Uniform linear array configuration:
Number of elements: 32
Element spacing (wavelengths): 0.25
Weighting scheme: exponential
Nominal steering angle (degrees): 45
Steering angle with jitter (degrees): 46.209
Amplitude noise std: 0.05
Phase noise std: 0.05

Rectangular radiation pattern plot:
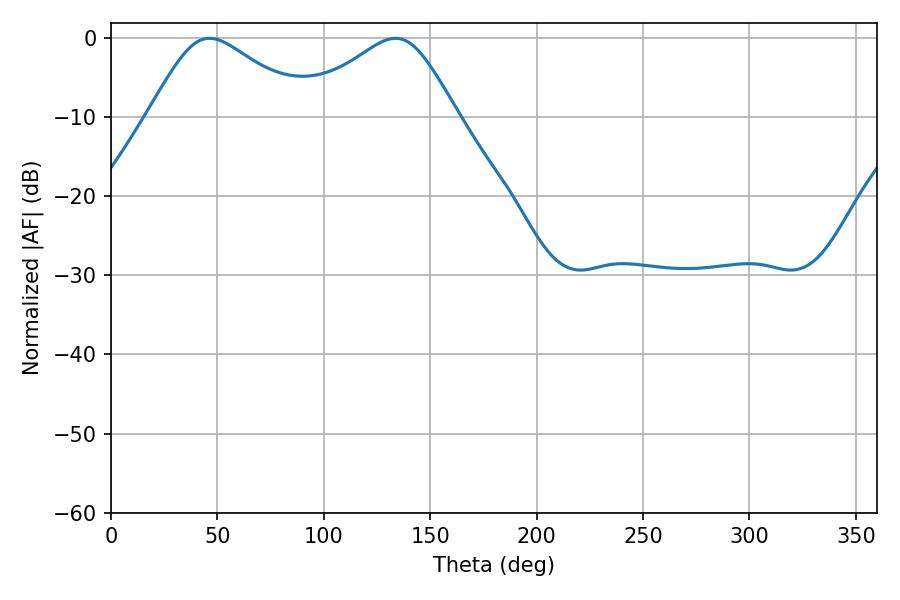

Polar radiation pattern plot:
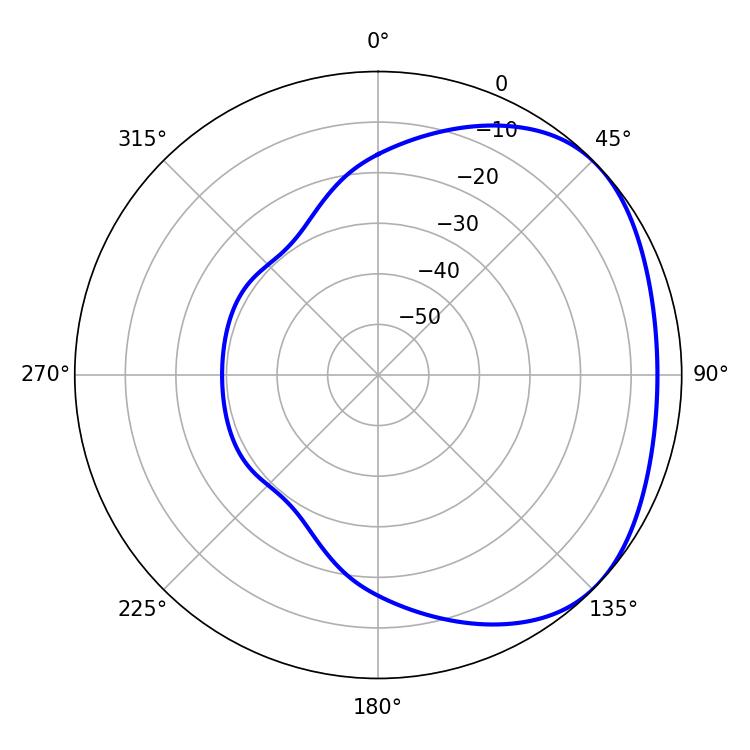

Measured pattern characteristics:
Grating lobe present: FALSE
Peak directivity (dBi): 2.591
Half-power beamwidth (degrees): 36.9
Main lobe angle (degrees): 46.26